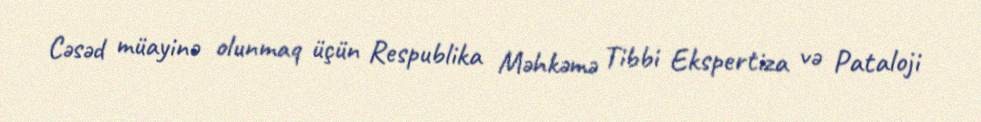
Cəsəd müayinə olunmaq üçün Respublika Məhkəmə Tibbi Ekspertiza və Pataloji